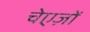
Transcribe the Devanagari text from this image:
चेएज़ों